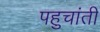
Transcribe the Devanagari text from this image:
पहुचांती